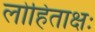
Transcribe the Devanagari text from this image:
लोहिताक्षः